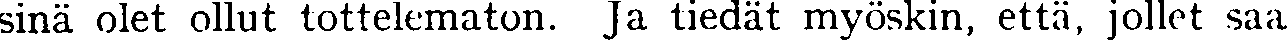
sinä olet ollut tottelematon. Ja tiedät myöskin, että, jollet saa